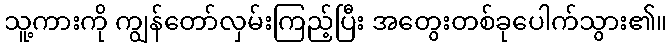
သူ့ကားကို ကျွန်တော်လှမ်းကြည့်ပြီး အတွေးတစ်ခုပေါက်သွား၏။